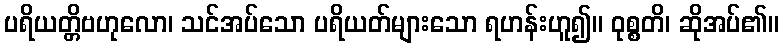
ပရိယတ္တိဗဟုလော၊ သင်အပ်သော ပရိယတ်များသော ရဟန်းဟူ၍။ ဝုစ္စတိ၊ ဆိုအပ်၏။